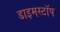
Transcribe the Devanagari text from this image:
डाइमस्टॉप